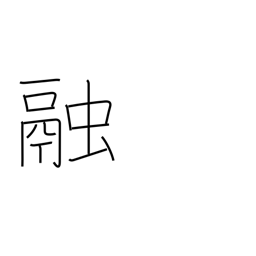
Meaning: dissolve